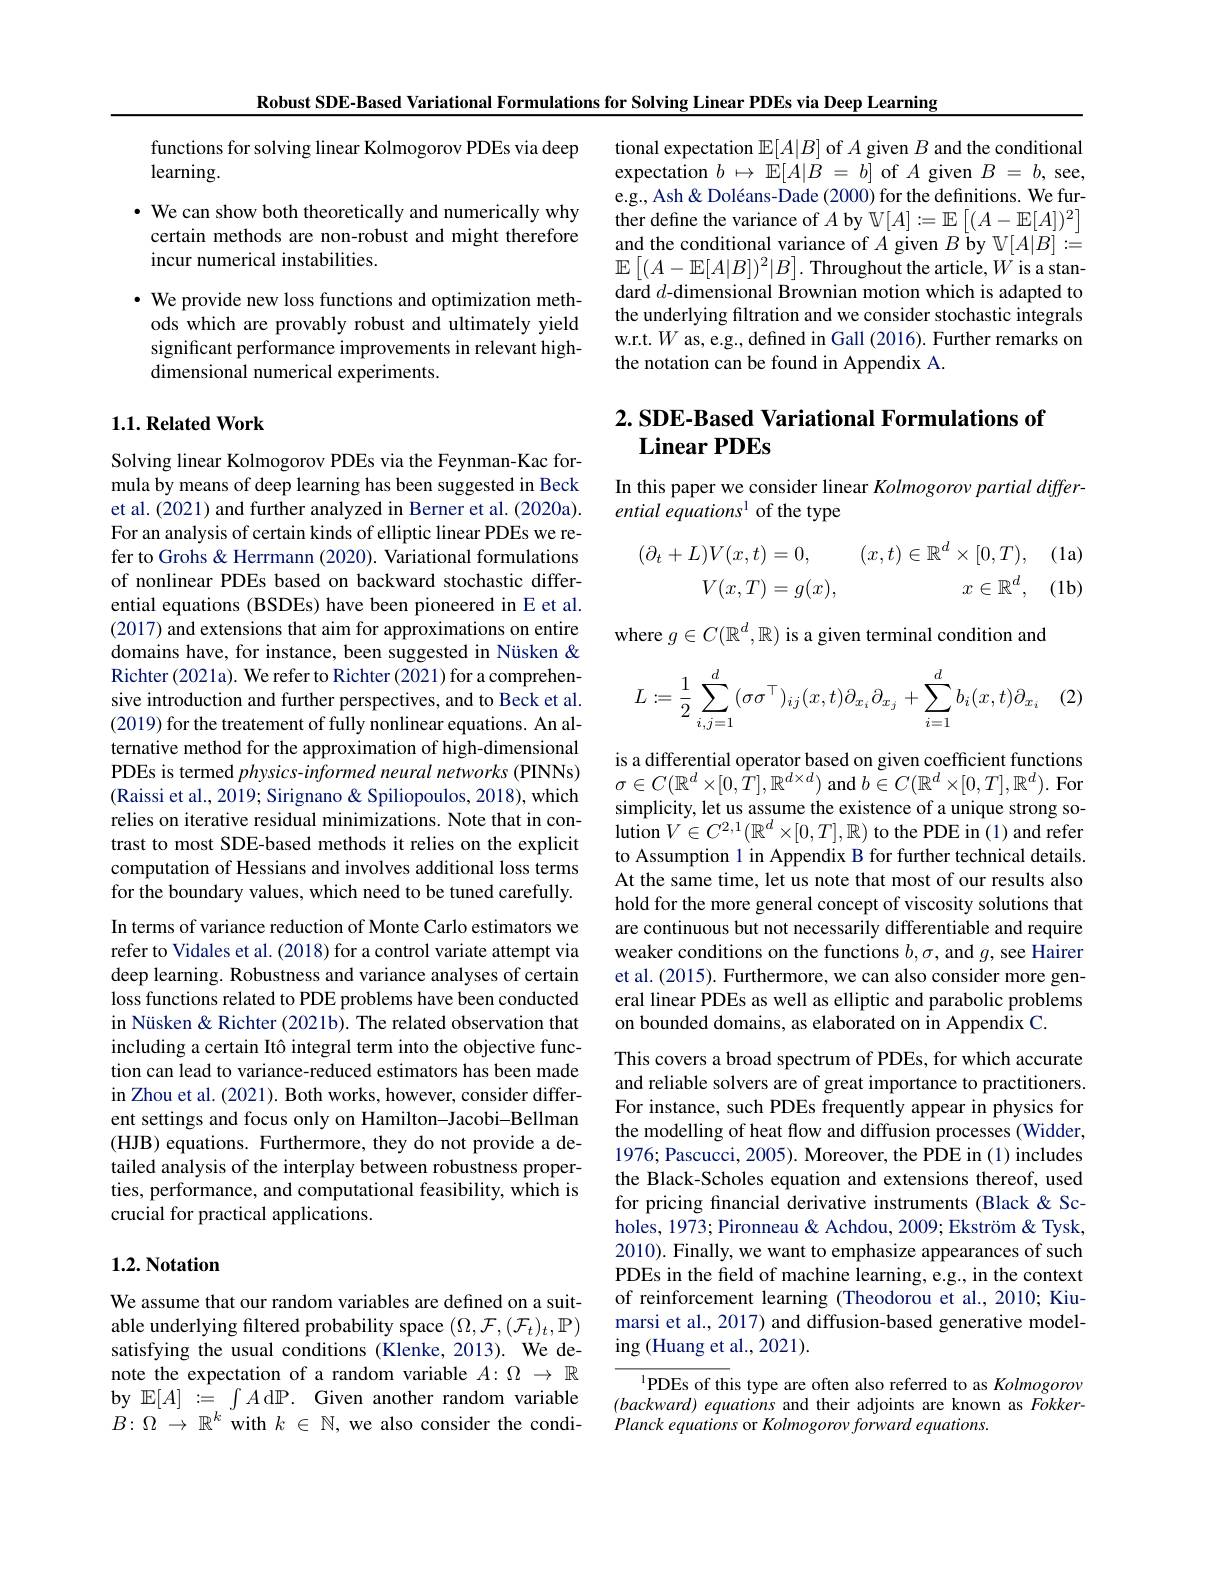
Robust SDE-Based Variational Formulations for Solving Linear PDEs via Deep Learning

functions for solving linear Kolmogorov PDEs via deep
learning.
$\cdot$ We can show both theoretically and numerically why certain methods are non-robust and might therefore incur numerical instabilities.
$\cdot$ We provide new loss functions and optimization methods which are provably robust and ultimately yield significant performance improvements in relevant highdimensional numerical experiments.

## $1. 1. \textbf{Related Work}$

Solving linear Kolmogorov PDEs via the Feynman-Kac formula by means of deep learning has been suggested in Beck et al.(2021) and further analyzed in Berner et al.(2020a). For an analysis of certain kinds of elliptic linear PDEs we refer to Grohs & Herrmann (2020). Variational formulations of nonlinear PDEs based on backward stochastic differential equations (BSDEs) have been pioneered in E et al. (2017) and extensions that aim for approximations on entire domains have, for instance, been suggested in Nüsken & Richter (2021a). We refer to Richter (2021) for a comprehensive introduction and further perspectives, and to Beck et al. (2019) for the treatement of fully nonlinear equations. An alternative method for the approximation of high-dimensional PDEs is termed physics-informed neural networks (PINNs) (Raissi et al., 2019; Sirignano & Spiliopoulos, 2018), which relies on iterative residual minimizations. Note that in contrast to most SDE-based methods it relies on the explicit computation of Hessians and involves additional loss terms for the boundary values, which need to be tuned carefully. In terms of variance reduction of Monte Carlo estimators we refer to Vidales et al. (2018) for a control variate attempt via deep learning. Robustness and variance analyses of certain loss functions related to PDE problems have been conducted in Nüsken & Richter (2021b). The related observation that including a certain Itô integral term into the objective function can lead to variance-reduced estimators has been made in Zhou et al. (2021). Both works, however, consider different settings and focus only on Hamilton-Jacobi-Bellman (HJB) equations. Furthermore, they do not provide a detailed analysis of the interplay between robustness properties, performance, and computational feasibility, which is crucial for practical applications.

### 1.2. Notation

We assume that our random variables are defined on a suitable underlying filtered probability space $(\Omega,\mathcal{F},(\mathcal{F}_t)_t,\mathbb{P})$ satisfying the usual conditions (Klenke, 2013). We denote the expectation of a random variable $A:\Omega\to\mathbb{R}$ by $\mathbb{E}[A]:=\int A$dP.Given another random variable $B:\Omega\to\mathbb{R}^k$ with $k\in\mathbb{N}$, we also consider the condi-

tional expectation $\mathbb{E}[A|B]$ of $A$ given $B$ and the conditional expectation $b\mapsto \mathbb{E} [ A| B$ = $b]$ of $A$ given $B$ = $b$, see, e.g., Ash& Doléans- Dade (2000) for the definitions. We further define the variance of $A$ by $\mathbb{V}[A]:=\mathbb{E}\left[(A-\mathbb{E}[A])^2\right]$ and the conditional variance of $A$ given $B$ by $\mathbb{V}[A|B]:\overset{-}{\operatorname*{=}}$ $\mathbb{E}\left[(A-\mathbb{E}[A|B])^2|B\right].$ Throughout the article, W is a standard $d$-dimensional Brownian motion which is adapted to the underlying filtration and we consider stochastic integrals w.r.t. $W$ as, e.g., defined in Gall (2016). Further remarks on the notation can be found in Appendix A.

# $2. \textbf{SDE- Based Variational Formulations of}$ $\textbf{Linear PDEs}$

In this paper we consider linear Kolmogorov partial differ-
ential equations 1 of the type

(1a)
$$\begin{aligned}(\partial_t+L)V(x,t)&=0,\quad(x,t)\in\mathbb{R}^d\times[0,T),\\V(x,T)&=g(x),\quad x\in\mathbb{R}^d,\end{aligned}$$
$(1b)$

where $g\in C(\mathbb{R}^d,\mathbb{R})$ is a given terminal condition and

(2)
$$\begin{aligned}L:=\frac{1}{2}\sum_{i,j=1}^d(\sigma\sigma^\top)_{ij}(x,t)\partial_{x_i}\partial_{x_j}+\sum_{i=1}^db_i(x,t)\partial_{x_i}\end{aligned}$$
is a differential operator based on given coefficient functions $\sigma\in C(\mathbb{R}^{d}\times[0,\hat{T}],\mathbb{R}^{d\times d})$ and $b\in C(\mathbb{R}^d\times[0,T],\mathbb{R}^d).$ For simplicity, let us assume the existence of a unique strong solution $V\in C^{2,1}(\mathbb{R}^{d}\times[0,T],\mathbb{R})$ to the PDE in (1) and refer to Assumption 1 in Appendix B for further technical details At the same time, let us note that most of our results also hold for the more general concept of viscosity solutions that are continuous but not necessarily differentiable and require weaker conditions on the functions $b,\sigma$, and $g$, see Hairer et al. (2015). Furthermore, we can also consider more general linear PDEs as well as elliptic and parabolic problems on bounded domains, as elaborated on in Appendix C.

This covers a broad spectrum of PDEs, for which accurate and reliable solvers are of great importance to practitioners. For instance, such PDEs frequently appear in physics for the modelling of heat flow and diffusion processes (Widder, 1976; Pascucci, 2005). Moreover, the PDE in (1) includes the Black-Scholes equation and extensions thereof, used for pricing financial derivative instruments (Black &Scholes, 1973; Pironneau & Achdou, 2009; Ekström & Tysk, 2010). Finally, we want to emphasize appearances of such PDEs in the feld of machine learning, e.g., in the context of reinforcement learning (Theodorou et al.,2010; Kiumarsi et al., 2017) and diffusion-based generative modeling (Huang et al., 2021).
$^{1}$PDEs of this type are often also referred to as Kolmogorov

$( backward) \textit{ equations and their adjoints are known as Fokker- }$
Planck equations or Kolmogorov forward equations.